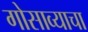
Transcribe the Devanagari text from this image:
गोसाव्याचा